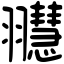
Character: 䎚